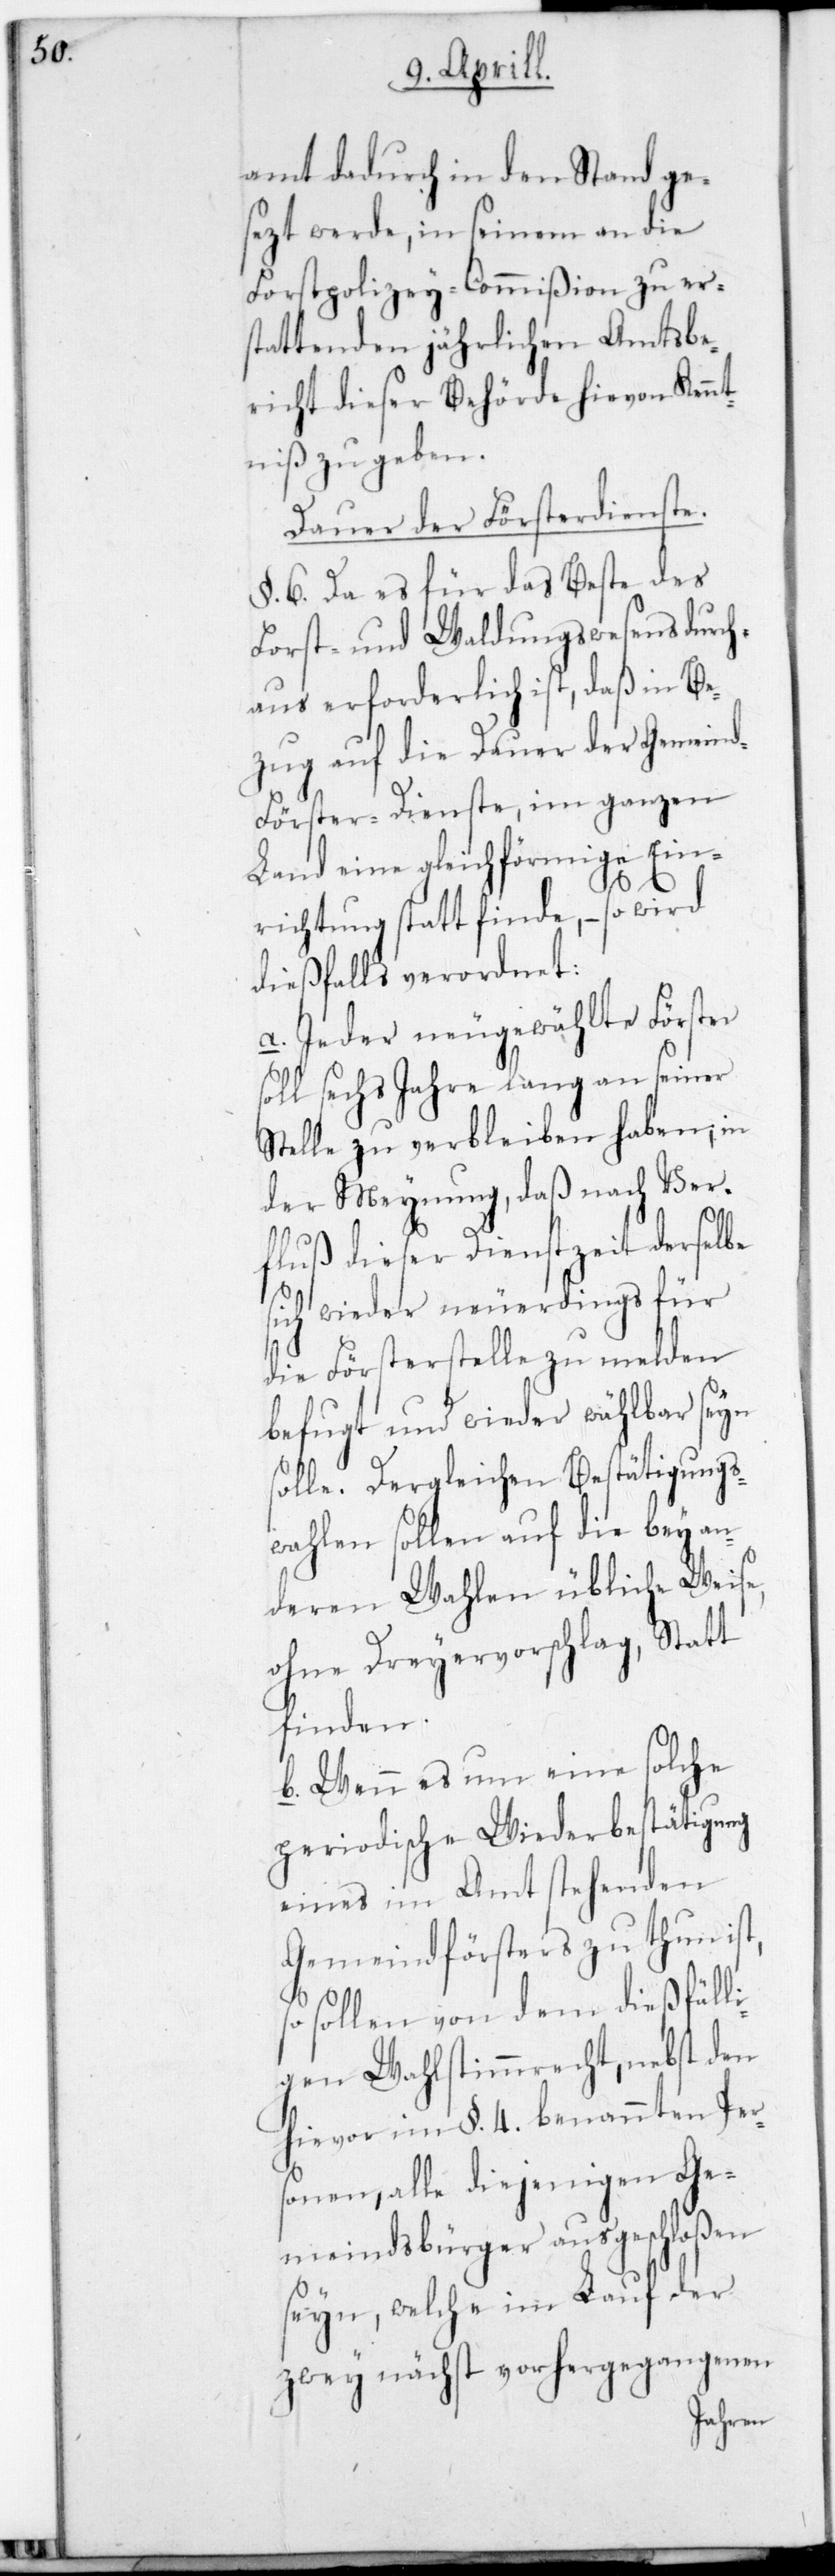
amt dadurch in den Stand ge¬
sezt werde, in seinem an die
Forstpolizey-Commißion zu ers¬
tattenden jährlichen Amtsbe¬
richt dieser Behörde hievon Kennt¬
niß zu geben.
Dauer der Försterdienste.
§. 6. Da es für das Beßte des
Forst- und Waldungswesens durch¬
aus erforderlich ist, daß in Be¬
zug auf die Dauer der Gemein¬
d-Förster-Dienste im ganzen
Land eine gleichförmige Ein¬
richtung stattfinde, – so wird
dießfalls verordnet:
a. Jeder neugewählte Förster
sechs Jahre lang an seiner
Stelle zu verbleiben haben, in
der Meynung, daß nach Ver¬
fluß dieser Dienstzeit derselbe
sich wieder neuerdings für
die Försterstelle zu melden
befugt und wieder wählbar sein
solle. Dergleichen Bestätigungs¬
wahlen sollen auf die bey an¬
deren Wahlen übliche Weise,
ohne Dreyervorschlag, Statt
finden.
b. Wenn es um eine solche
periodische WiederBestätigung
eines im Amt stehenden
Gemeindförsters zu thun ist,
sollen von dem dießfäll¬
igen Wahlstimmrecht, nebst den
hievor im §. 4. benannten Per¬
sonen, alle diejenigen Ge¬
meindsbürger ausgeschloßen
seyn, welche im Lauf der
zwey nächst vorhergegangenen